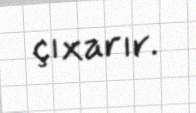
çıxarır.